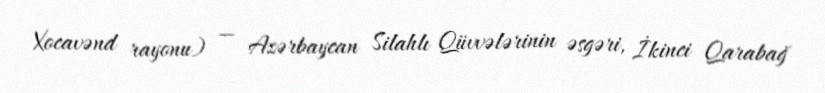
Xocavənd rayonu) — Azərbaycan Silahlı Qüvvələrinin əsgəri, İkinci Qarabağ